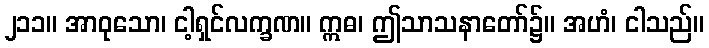
၂၁၁။ အာဝုသော၊ ငါ့ရှင်လက္ခဏ။ ဣဓ၊ ဤသာသနာတော်၌။ အဟံ၊ ငါသည်။